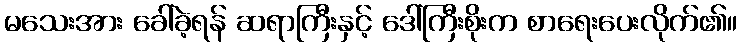
မသေးအား ခေါ်ခဲ့ရန် ဆရာကြီးနှင့် ဒေါ်ကြီးစိုးက စာရေးပေးလိုက်၏။